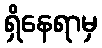
ရှိနေရာမှ